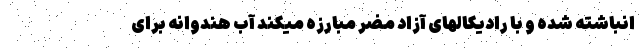
انباشته شده و با رادیکالهای آزاد مضر مبارزه میکند آب هندوانه برای